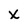
Character: x